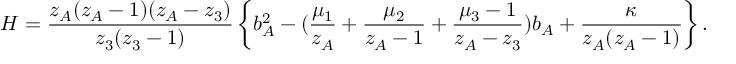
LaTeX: H = \frac { z _ { A } ( z _ { A } - 1 ) ( z _ { A } - z _ { 3 } ) } { z _ { 3 } ( z _ { 3 } - 1 ) } \left\{ b _ { A } ^ { 2 } - ( \frac { \mu _ { 1 } } { z _ { A } } + \frac { \mu _ { 2 } } { z _ { A } - 1 } + \frac { \mu _ { 3 } - 1 } { z _ { A } - z _ { 3 } } ) b _ { A } + \frac { \kappa } { z _ { A } ( z _ { A } - 1 ) } \right\} .